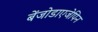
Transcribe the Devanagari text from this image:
बेंजोडाएजेपिन